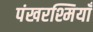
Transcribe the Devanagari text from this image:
पंखरश्मियाँ